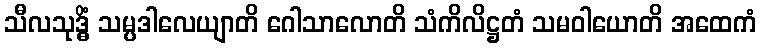
သီလသုဒ္ဓိံ သမ္ပဒါလေယျာတိ ဂေါသာလောတိ သံကိလိဋ္ဌတံ သမဝါယောတိ အထေကံ